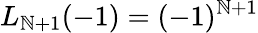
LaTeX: L_{\mathbb{N}+1}(-1)=(-1)^{\mathbb{N}+1}